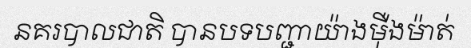
នគរបាលជាតិ បានបទបញ្ជាយ៉ាងម៉ឺងម៉ាត់